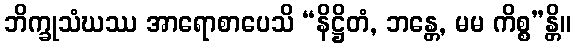
ဘိက္ခုသံဃဿ အာရောစာပေသိ “နိဋ္ဌိတံ, ဘန္တေ, မမ ကိစ္စ”န္တိ။